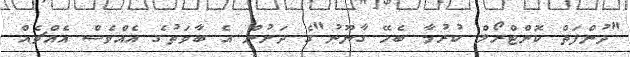
"ދުންފަތް ކޮންޓްރޯލް ކުރުމާ ބެހޭ ގާނޫނު"ގެ ދަށުން އެ ބާވަތުގެ އެއްވެސް އެއްޗެއް